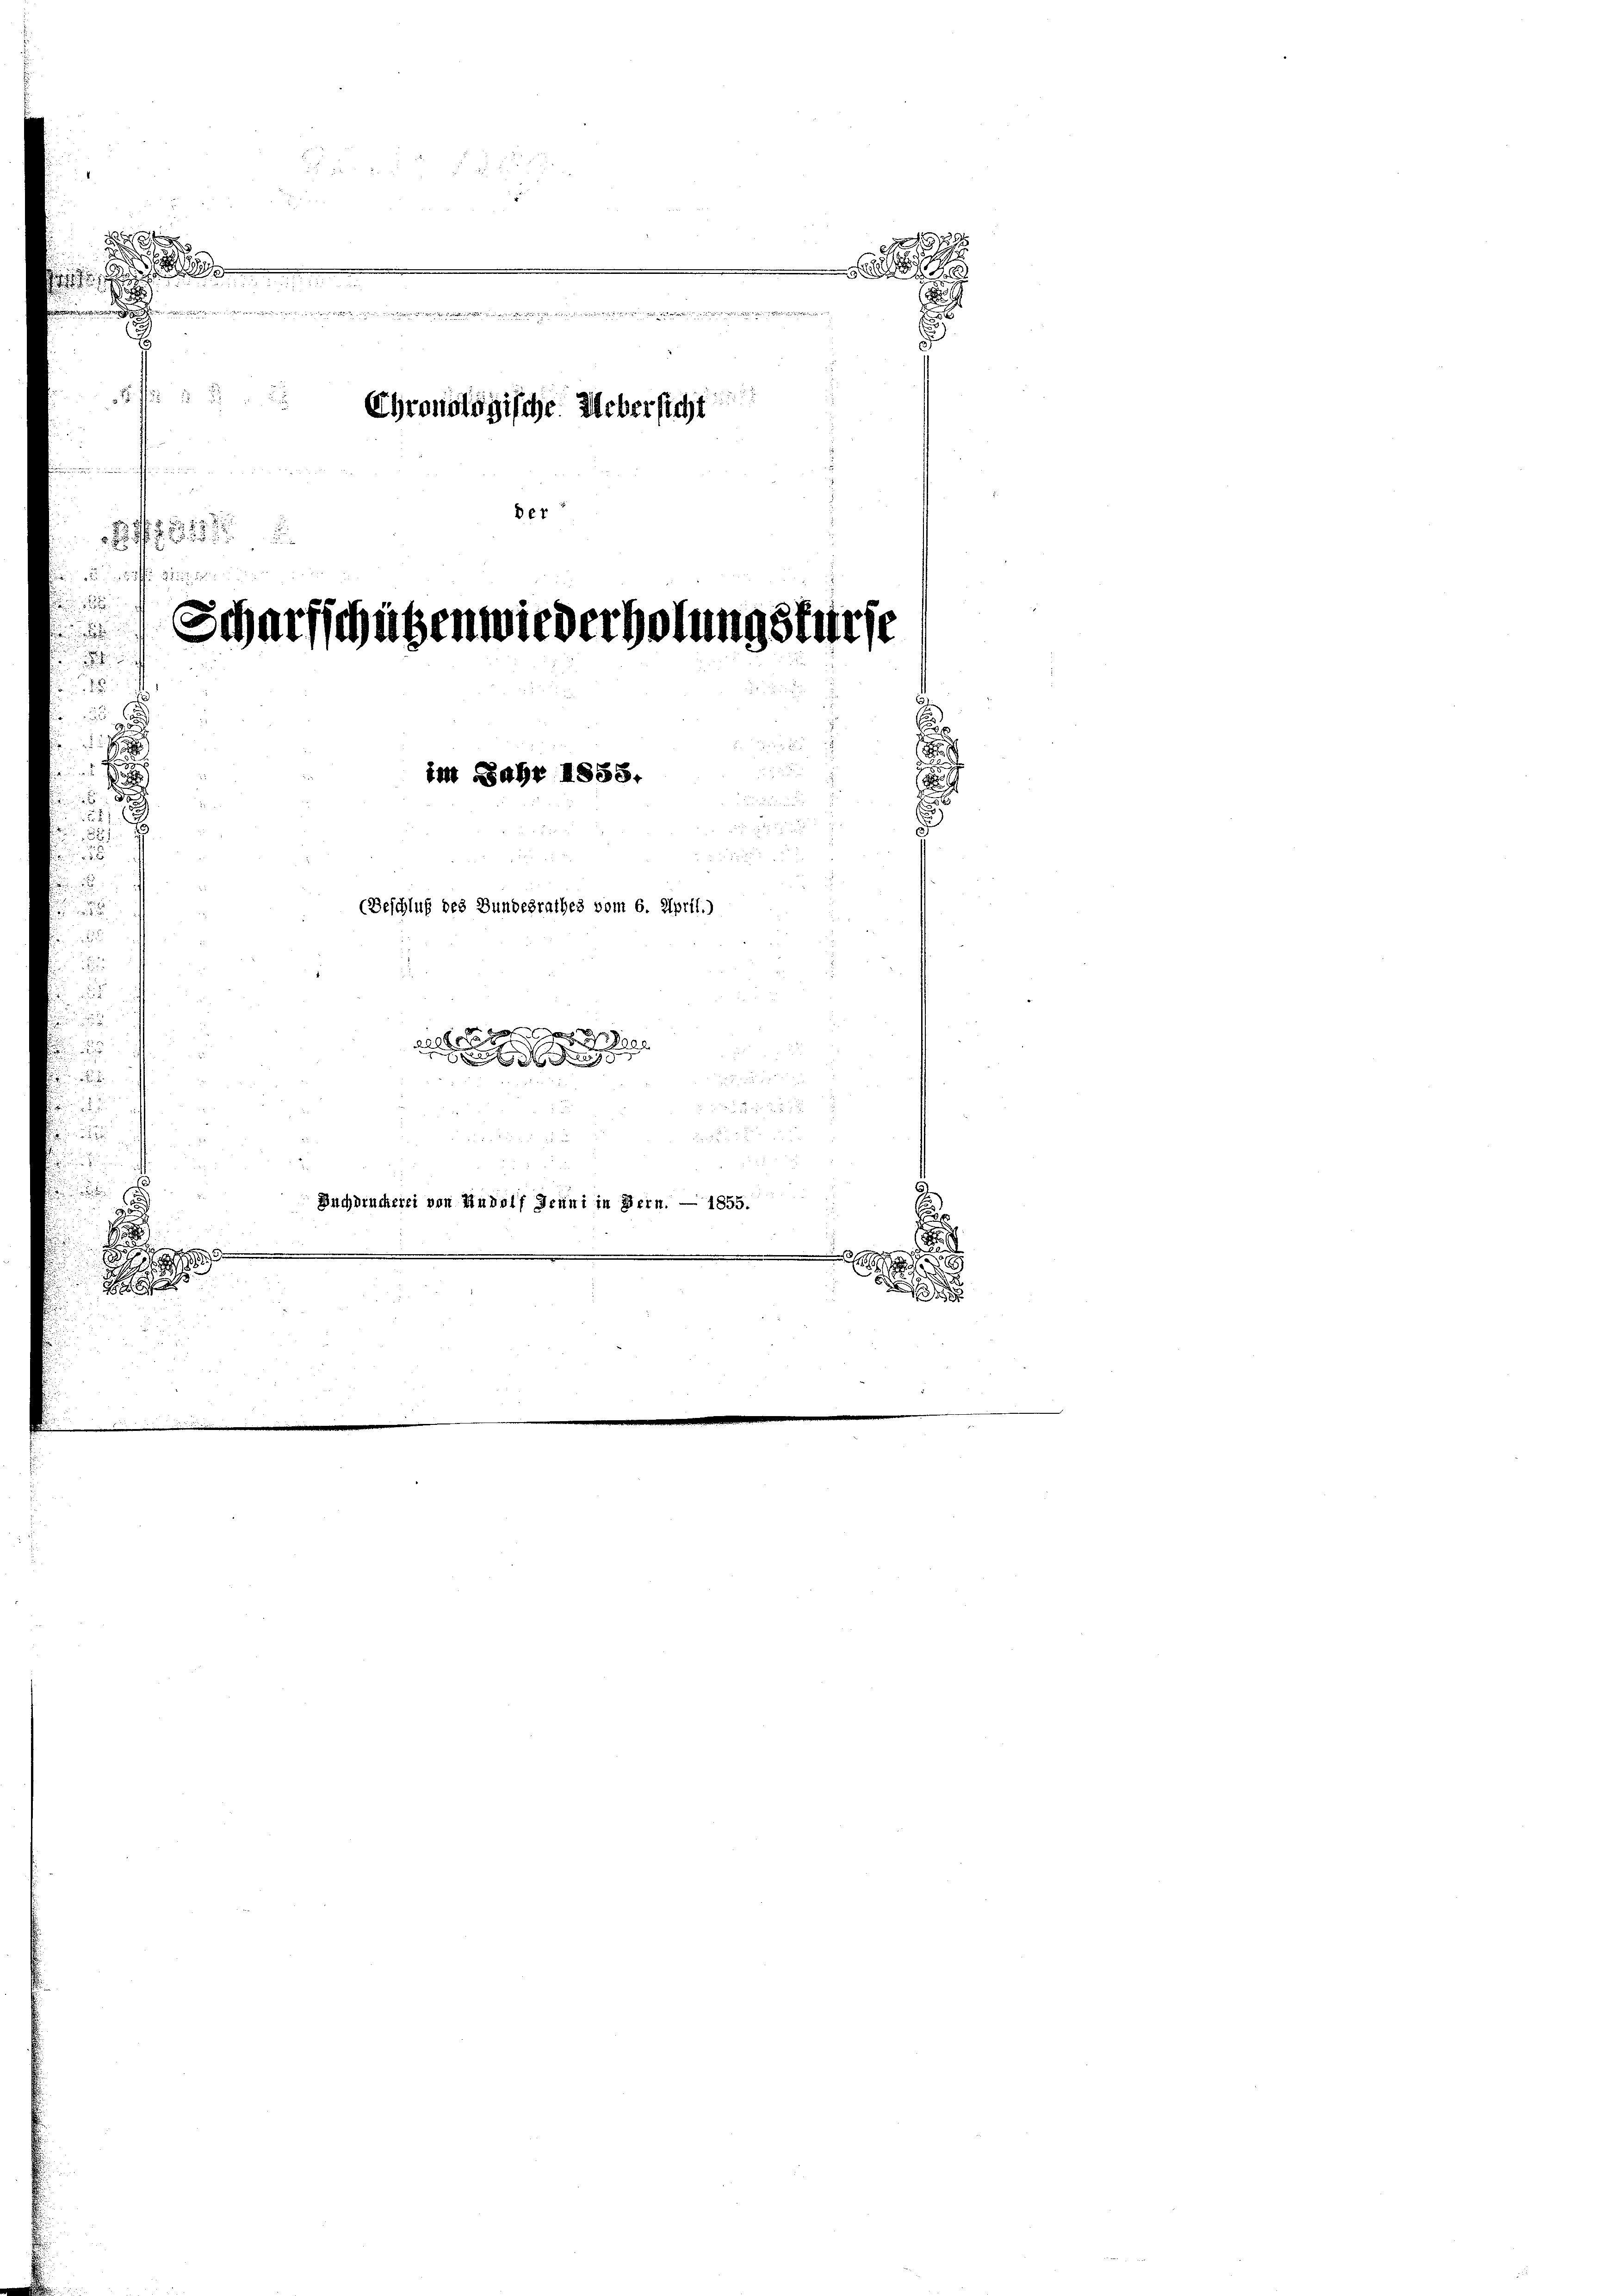
§ § 1557
.

.
  Sie einer er seine reine einen nur eine Materie er ist der eigen der einigen eine inneren wir eine annis ein meine an Marienistrie
xx
 fü u

Ehronologische. Uebersicht
i
Der
2
 uff 22

Scharfschützenwiederholung stürfe

2

d
.
.

ti Jahr 1858.
(Beschluß des Bundesrathes vom 6. April.)
a
2

Buchdruckerei von Rudolf Jenni in Bern. — 1855.

82 f 0 x

g

.

.
e